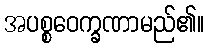
အပစ္စဝေက္ခဏာမည်၏။